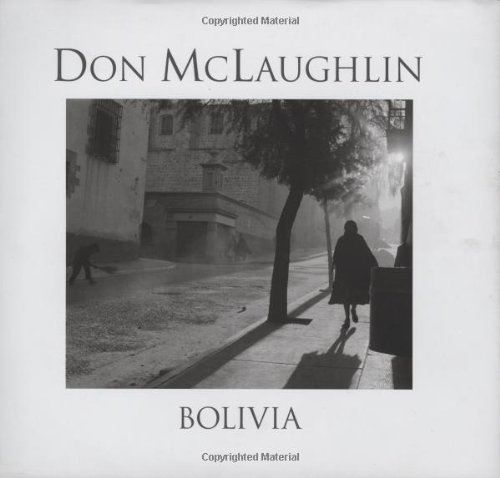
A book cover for Bolivia; Travel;